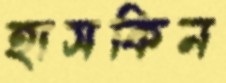
হাসকিন